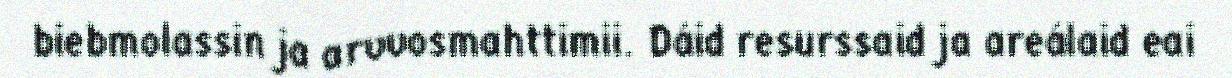
biebmolassin ja arvvosmahttimii. Dáid resurssaid ja areálaid eai